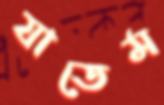
যাতেম